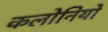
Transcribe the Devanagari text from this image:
कलोनियों